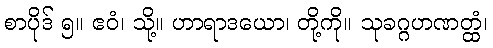
စာပိုဒ် ၅။ ဧဝံ၊ သို့။ ဟာရာဒယော၊ တို့ကို။ သုခဂ္ဂဟဏတ္ထံ၊